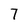
Character: 7